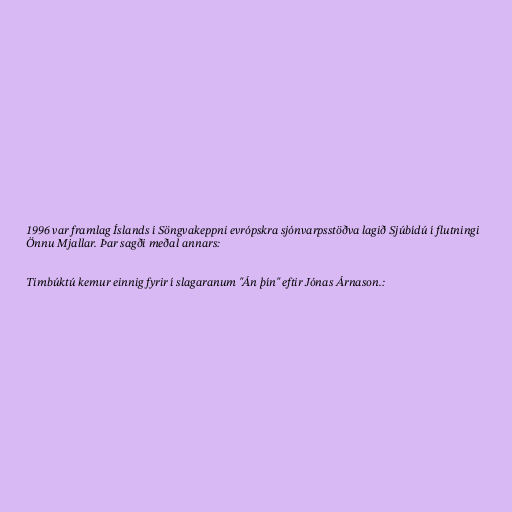
1996 var framlag Íslands í Söngvakeppni evrópskra sjónvarpsstöðva lagið Sjúbídú í flutningi
Önnu Mjallar. Þar sagði meðal annars:

Timbúktú kemur einnig fyrir í slagaranum "Án þín" eftir Jónas Árnason.: